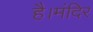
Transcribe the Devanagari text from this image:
है।मंदिर